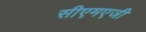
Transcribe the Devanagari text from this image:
सीएमएजी